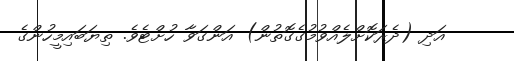
އަދި (ދެރަކޮށްލެއްވުމުގެގޮތުން) އަންގަވާ ހުށްޓެވެ. ތިޔަބައިމީހުންގެ